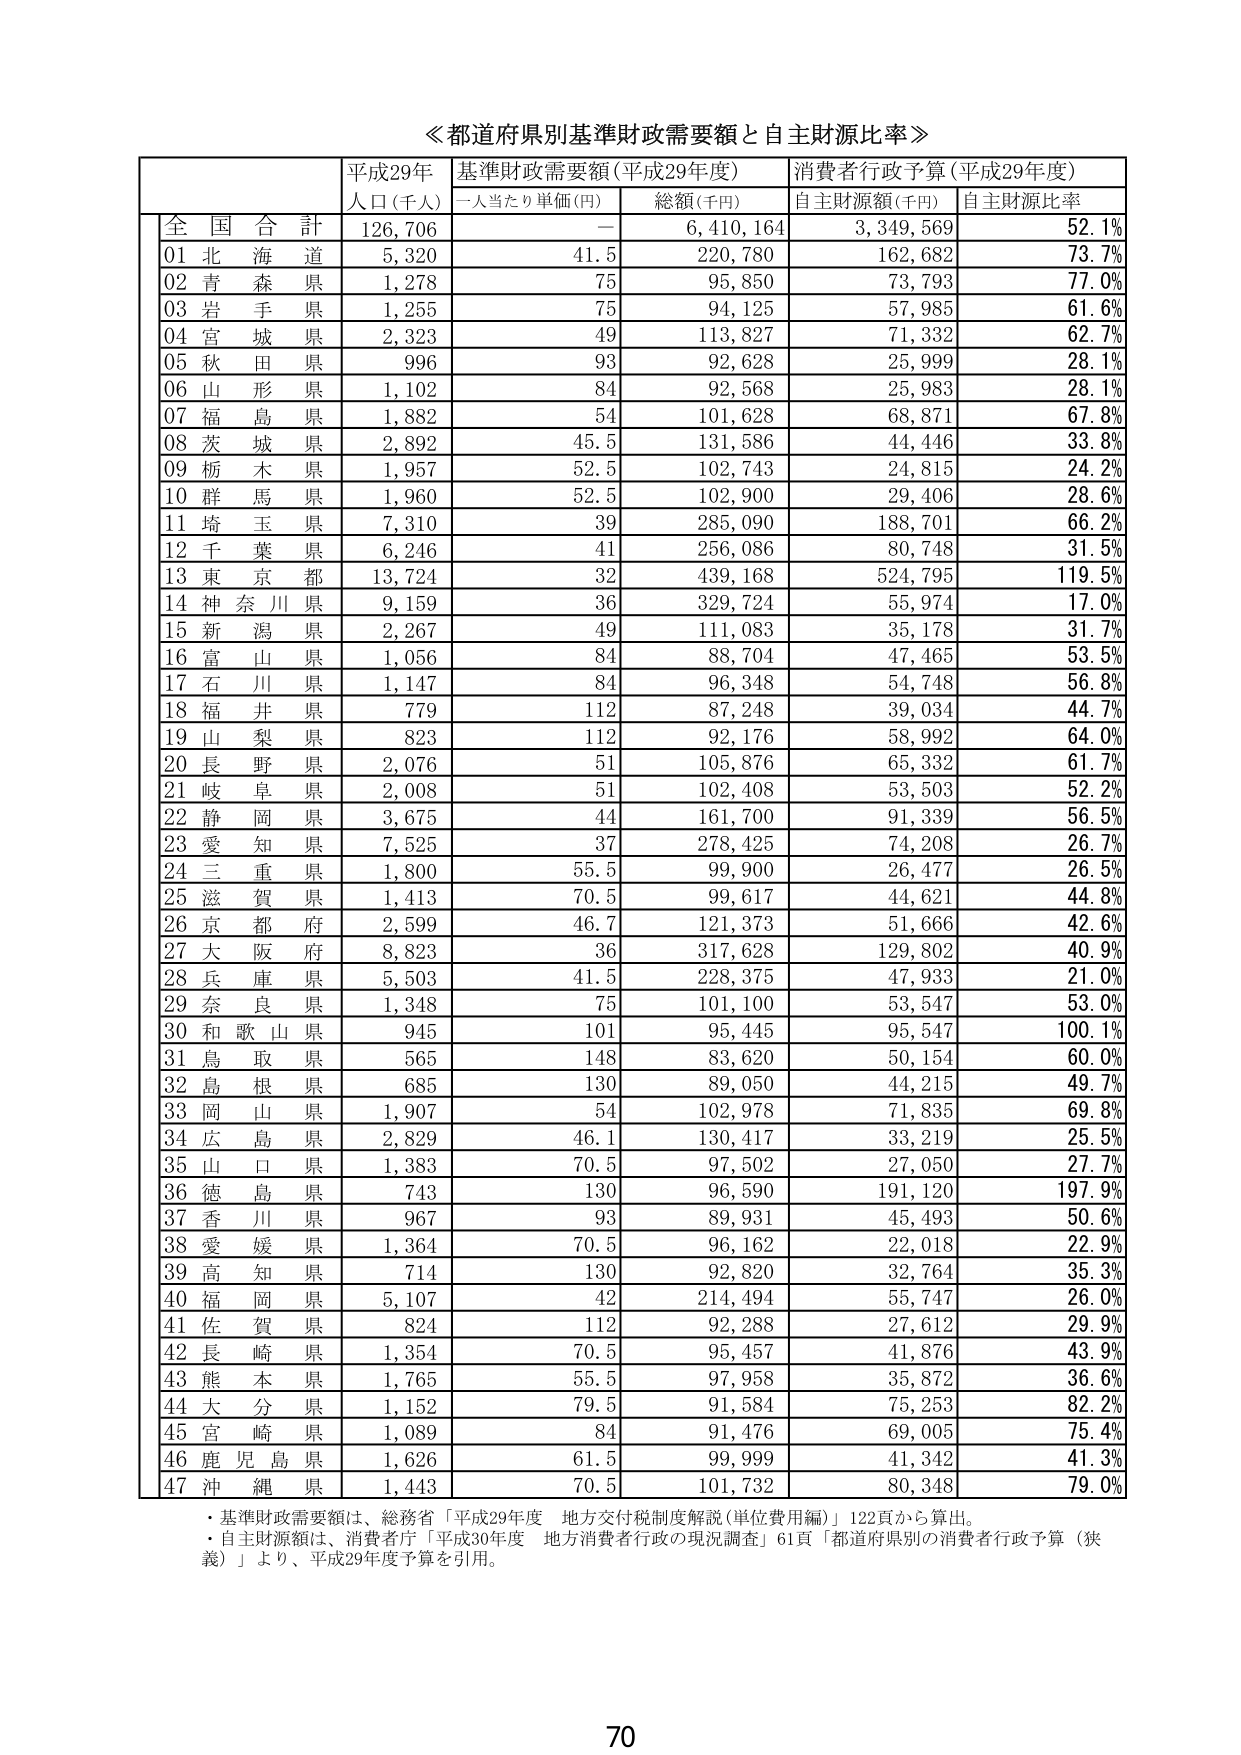
≪都道府県別基準財政需要額と自主財源比率≫

平成29年  基準財政需要額（平成29年度）  消費者行政予算（平成29年度）
人口（千人）  一人当たり単価（円）  総額（千円）  自主財源額（千円）  自主財源比率

全国合計  126,706  —  6,410,164  3,349,569  52.1%

01 北海道  5,320  41.5  220,780  162,682  73.7%
02 青森県  1,278  75  95,850  73,793  77.0%
03 岩手県  1,255  75  94,125  57,985  61.6%
04 宮城県  2,323  49  113,827  71,332  62.7%
05 秋田県  996  93  92,628  25,999  28.1%
06 山形県  1,102  84  92,568  25,983  28.1%
07 福島県  1,882  54  101,628  68,871  67.8%
08 茨城県  2,892  45.5  131,586  44,446  33.8%
09 栃木県  1,957  52.5  102,743  24,815  24.2%
10 群馬県  1,960  52.5  102,900  29,406  28.6%
11 埼玉県  7,310  39  285,090  188,701  66.2%
12 千葉県  6,246  41  256,086  80,748  31.5%
13 東京都  13,724  32  439,168  524,795  119.5%
14 神奈川県  9,159  36  329,724  55,974  17.0%
15 新潟県  2,267  49  111,083  35,178  31.7%
16 富山県  1,056  84  88,704  47,465  53.5%
17 石川県  1,147  84  96,348  54,748  56.8%
18 福井県  779  112  87,248  39,034  44.7%
19 山梨県  823  112  92,176  58,992  64.0%
20 長野県  2,076  51  105,876  65,332  61.7%
21 岐阜県  2,008  51  102,408  53,503  52.2%
22 静岡県  3,675  44  161,700  91,339  56.5%
23 愛知県  7,525  37  278,425  74,208  26.7%
24 三重県  1,800  55.5  99,900  26,477  26.5%
25 滋賀県  1,413  70.5  99,617  44,621  44.8%
26 京都府  2,599  46.7  121,373  51,666  42.6%
27 大阪府  8,823  36  317,628  129,802  40.9%
28 兵庫県  5,503  41.5  228,375  47,933  21.0%
29 奈良県  1,348  75  101,100  53,547  53.0%
30 和歌山県  945  101  95,445  95,547  100.1%
31 鳥取県  565  148  83,620  50,154  60.0%
32 島根県  685  130  89,050  44,215  49.7%
33 岡山県  1,907  54  102,978  71,835  69.8%
34 広島県  2,829  46.1  130,417  33,219  25.5%
35 山口県  1,383  70.5  97,502  27,050  27.7%
36 徳島県  743  130  96,590  191,120  197.9%
37 香川県  967  93  89,931  45,493  50.6%
38 愛媛県  1,364  70.5  96,162  22,018  22.9%
39 高知県  714  130  92,820  32,764  35.3%
40 福岡県  5,107  42  214,494  55,747  26.0%
41 佐賀県  824  112  92,288  27,612  29.9%
42 長崎県  1,354  70.5  95,457  41,876  43.9%
43 熊本県  1,765  55.5  97,958  35,872  36.6%
44 大分県  1,152  79.5  91,584  75,253  82.2%
45 宮崎県  1,089  84  91,476  69,005  75.4%
46 鹿児島県  1,626  61.5  99,999  41,342  41.3%
47 沖縄県  1,443  70.5  101,732  80,348  79.0%

・基準財政需要額は、総務省「平成29年度 地方交付税制度解説（単位費用編）」122頁から算出。
・自主財源額は、消費者庁「平成30年度 地方消費者行政の現況調査」61頁「都道府県別の消費者行政予算（狭義）」より、平成29年度予算を引用。

70